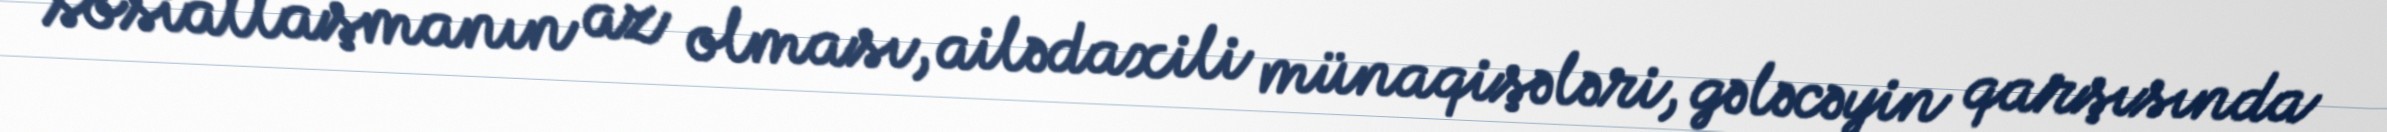
sosiallaşmanın az olması, ailədaxili münaqişələri, gələcəyin qarşısında